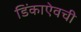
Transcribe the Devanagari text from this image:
डिंकाऐवची